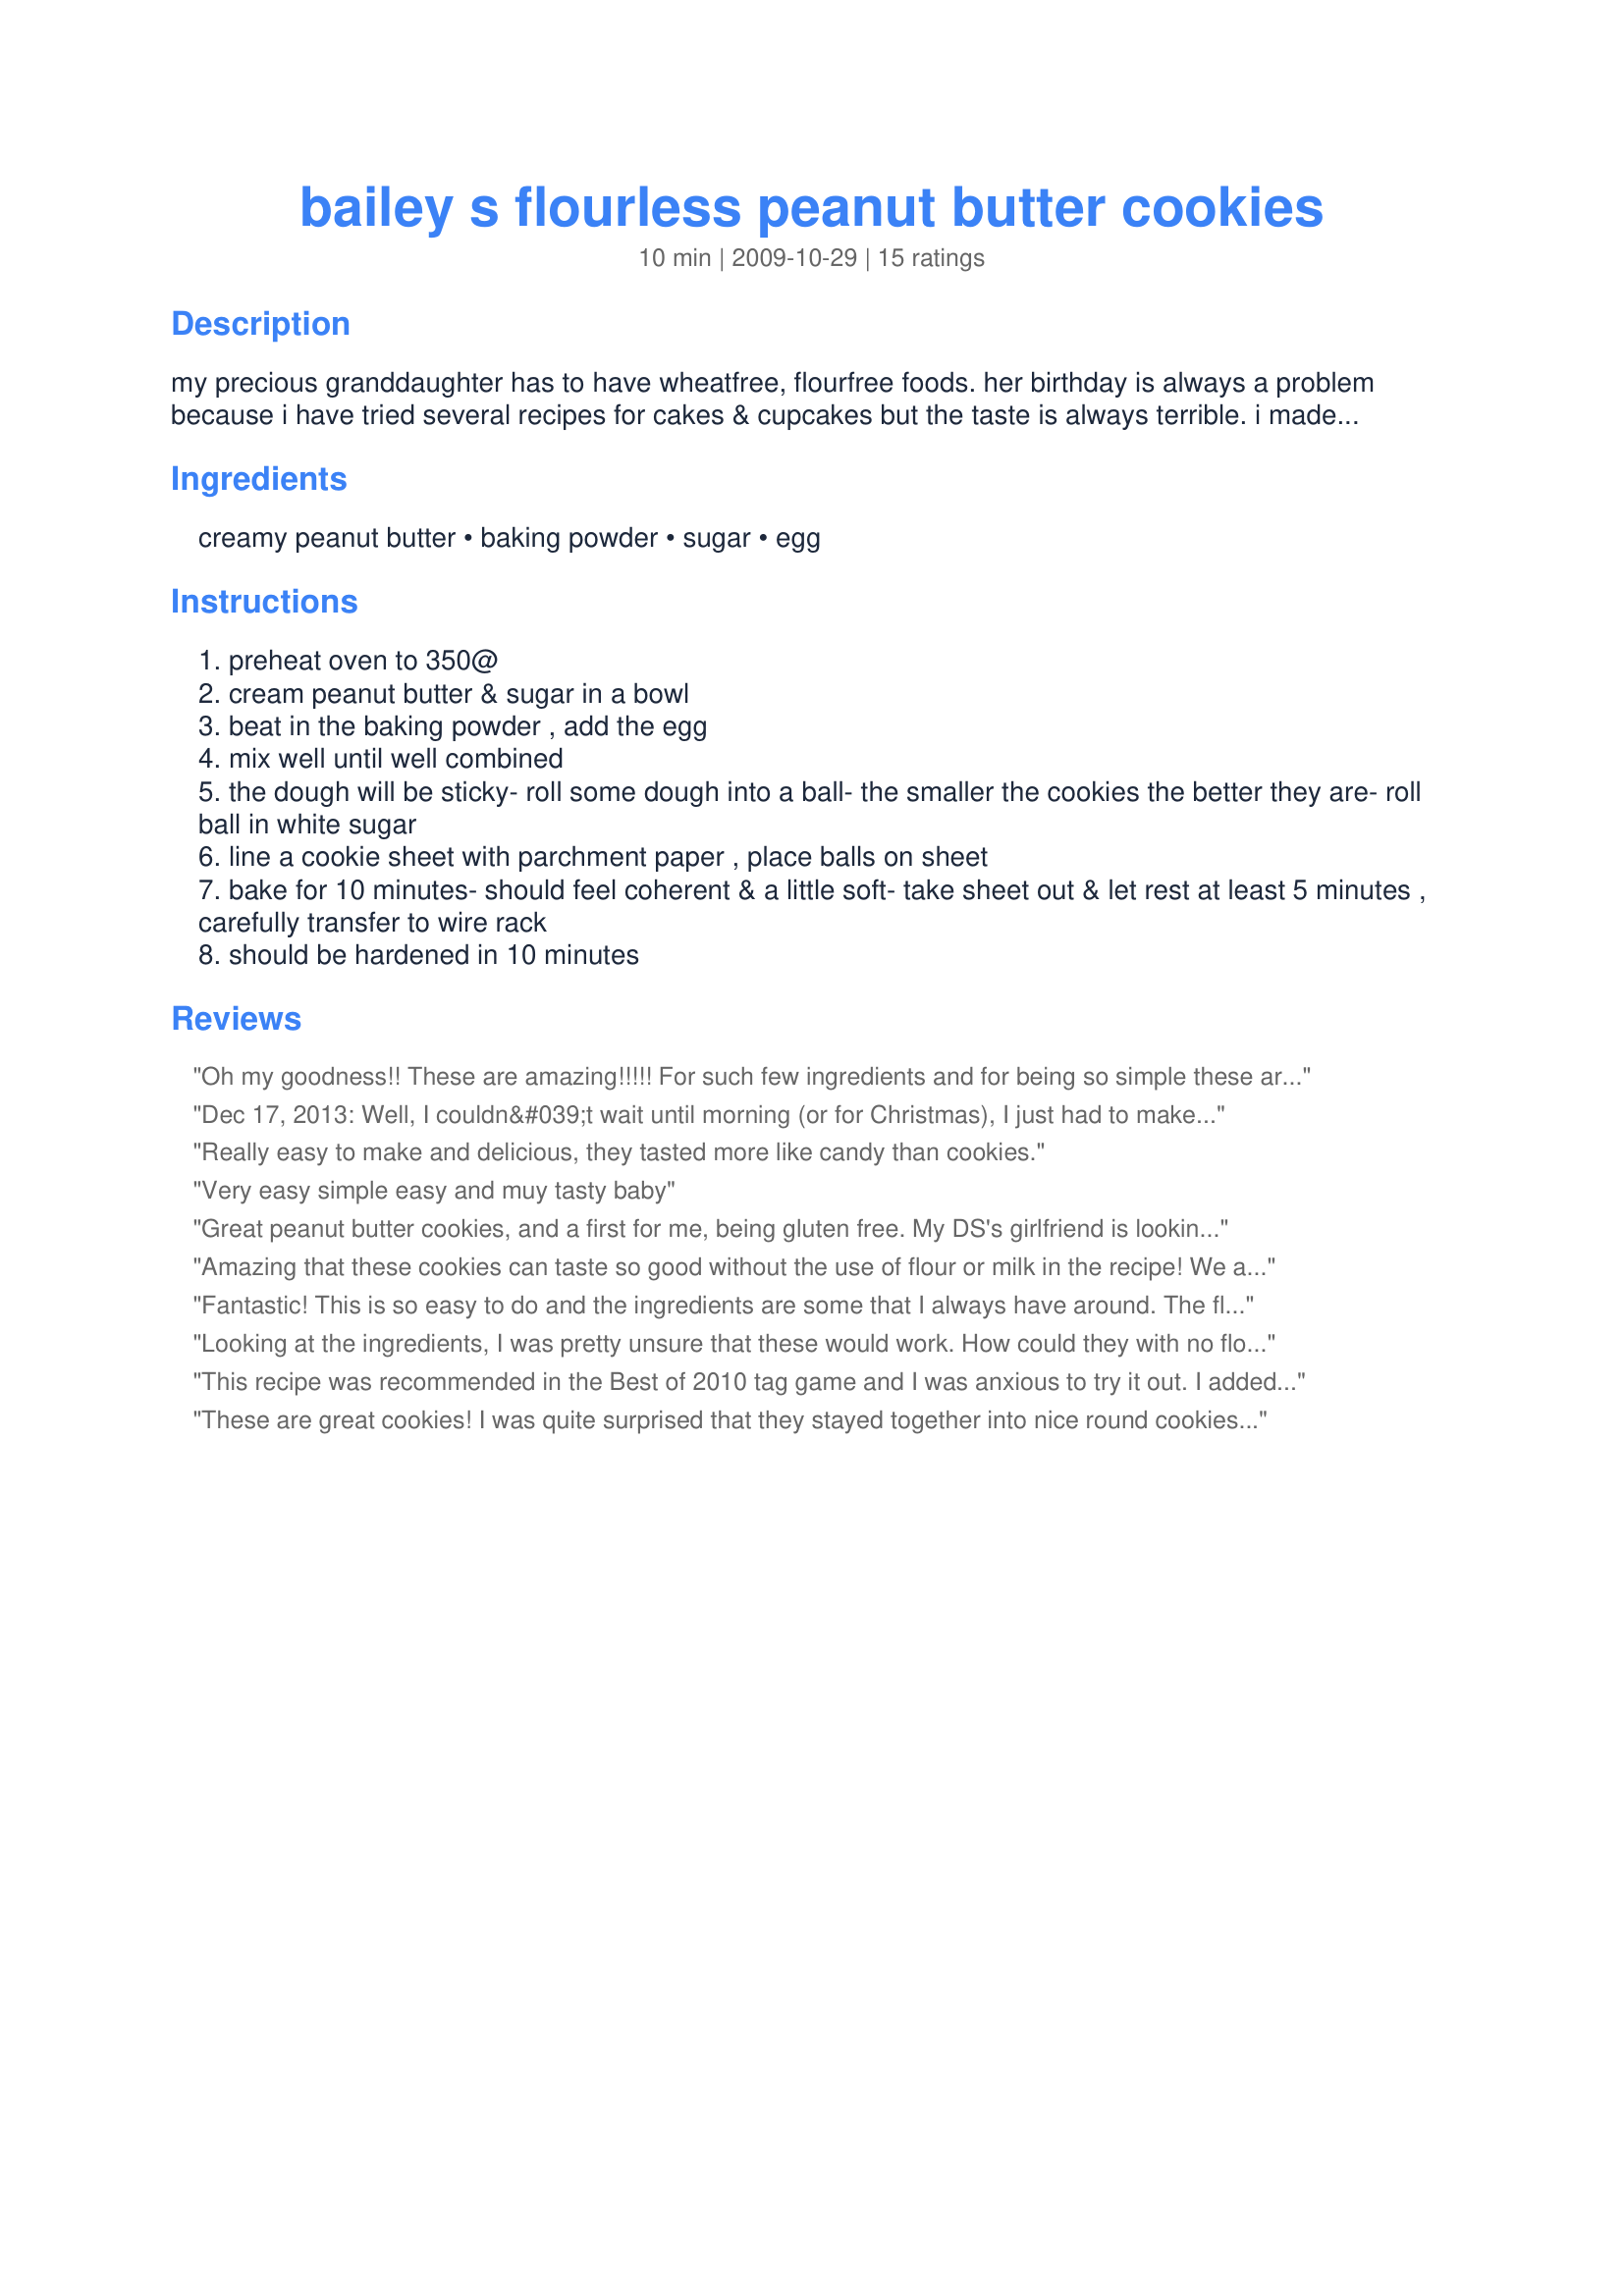
bailey s flourless peanut butter cookies
Preparation time: 10 minutes

my precious granddaughter has to have wheatfree, flourfree foods. her birthday is always a problem because i have tried several recipes for cakes & cupcakes but the taste is always terrible. i made these last year for her birthday. unfortunately i only made one recipe. everyone there thought they were delicious.

Ingredients:
creamy peanut butter, baking powder, sugar, egg

Steps:
preheat oven to 350@
cream peanut butter & sugar in a bowl
beat in the baking powder , add the egg
mix well until well combined
the dough will be sticky- roll some dough into a ball- the smaller the cookies the better they are- roll ball in white sugar
line a cookie sheet with parchment paper , place balls on sheet
bake for 10 minutes- should feel coherent & a little soft- take sheet out & let rest at least 5 minutes , carefully transfer to wire rack
should be hardened in 10 minutes

Reviews:
Oh my goodness!! These are amazing!!!!! For such few ingredients and for being so simple these are delicious!! I got about 2 dozen little cookies as I made them really small...lol. I also didn't have any parchment paper so I lightly sprayed a foil covered baking sheet and it worked out great! These are addictive little cookies....thanks so much for posting them! Made for your Week 8 Football Pool win...congrats!!!
Dec 17, 2013: Well, I couldn&#039;t wait until morning (or for Christmas), I just had to make these... YUM!!! So at midnight I figured that I had the 4 simple ingredients right there in my kitchen, and I didn&#039;t feel like sleeping (hubby was already asleep), so I just went ahead and made them. These are so simple and quick. I didn&#039;t really think they would work, but after reading all the reviews I just had to try them. I did the same as another reviewer and gently pressed them with the tines of a fork in a cross-hatch pattern. Soooo pretty! I ate 4 (and hid 4). I&#039;m assuming that the rest will be gone before I wake in the morning (hubby is leaving for work in a couple hours). I will definitely make these again for my Christmas cookie tray. *Note: Per my Drs. advice, I am trying to go gluten free, because they are still trying to figure out if I have Celiac Disease or Crohns (but I don&#039;t follow their advice... I&#039;m horrible at it). This is a GREAT way to start kicking off my new, healthy lifestyle! Thank you for posting this recipe. I plan to give this recipe to my GF that has to eat gluten free, also. (she made some that were just awful). (Made for Football Pool week 15 win). Dec 18, 2013 UPDATE: I just made another batch of these cookies tonight (I knew last nights would not last long). However, I did switch it up a bit this time.... I used 3/4 cup JIF Creamy Peanut Butter, and 1/4 cup JIF Chocolate Hazelnut Spread (similar to Nutella, but better). I decreased the sugar just a bit because the Chocolate Hazelnut has a lot of sugar in it. YUM! They are as good as the ones last night. Now, for my Christmas platter, I can serve them both ways. Thanks again, dear. :)
Really easy to make and delicious, they tasted more like candy than cookies.
Very easy simple easy and muy tasty baby
Great peanut butter cookies, and a first for me, being gluten free. My DS's girlfriend is looking at GF recipes due to her DM's doctor's advice to eat that way and to be more healthy in her meals. I didn't think I would like the cookies, but wanted to try it and be gluten free, and it did change my mind for that type of recipe. Five stars for it being a gluten-free recipe that we all enjoyed. Made for your win in the football pool, congrats!!!
Amazing that these cookies can taste so good without the use of flour or milk in the recipe! We are experimenting with going gluten-free and dairy-free to try to resolve a few problems with my daughter's health. She had been feeling a bit deprived until she tasted these cookies yesterday. I love them, too! Great, easy peanut butter cookies. Thank you for posting! I did flatten my cookies with a fork before baking. Made for the Best of 2010 tag game, recommended by Starrynews. :)
Fantastic! This is so easy to do and the ingredients are some that I always have around. The flavor is unbelievably delicious! Like Alli, I got more than 30 cookies out of mine -- which is a good thing, because they are so yummy. One of my guests mentioned that they would also be great with a gf chocolate in the center, like the peanut butter blossom recipe that Hershey's has. Thanks for sharing!
Looking at the ingredients, I was pretty unsure that these would work. How could they with no flour? Well let me tell you - they work and they're great! I baked them for 15 minutes and, using a small cookie dough scoop, made 18 perfect cookies. Made for your Football Pool win! Thanks SB6. :)
This recipe was recommended in the Best of 2010 tag game and I was anxious to try it out. I added 1/2 teaspoon vanilla extract and subbed brown sugar for half of the regular sugar. Sorry, I forgot to roll the cookies in the sugar before baking. After removing from the oven I lightly sprinkled each cookie with sugar. Would have used raw sugar but I was all out. As others did, I also made the familiar crisscross pattern with a fork. An oiled cookie scoop was helpful in handling and shaping the dough. My daughter and I enjoyed baking these and they are simple and quick which is a big plus when you're cooking with a toddler. Thanks for posting!
These are great cookies! I was quite surprised that they stayed together into nice round cookies. They do not spread at all and crinkle a bit around the edges. I received 2 dozen small cookies by rolling them into walnut sized balls. Very quick to put together. Because they don't spread you can place a good amount on the baking sheet. Made for your 2009 Week 8 Football Pool win!
Excellent recipe for a quick afternoon tea or an emergency gluten free treat.
Great cookies! I made one batch of these per the directions other than I did do a criss-cross pattern with a fork. I&#039;ve already had requests for more. Thanks SB6 for sharing. Congrats on your Football win!
My daughter has been making these for years without the baking powder. Sometimes she uses brown sugar and sometimes white. She puts flaked salt on top of some and turbino sugar on others. They're great all ways. Might have to head to the kitchen to make some now.
Everyone I have made these for in the past 30 years loves them.I wouldn't make any other PB cookie.
Thanks for posting
Simple to make, with ingredients on hand, and yummy to boot! This is a winner in my book, as they can be done and cooling almost as soon as you decide to make them. Instant gratification! I got 30+ cookies, so mine must have been smaller than everyone else's, but I thought they were a good size! I did bake mine for about 5 extra minutes, as I felt they weren't quite done after 10 minutes. DS really loves them! Thanks for sharing, SB6!
